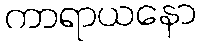
ကာရာယနော